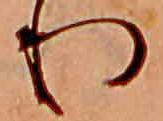
り